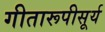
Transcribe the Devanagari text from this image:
गीतारूपीसूर्य